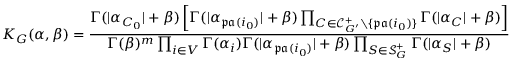
K _ { G } ( \alpha , \beta ) = \frac { \Gamma ( | \alpha _ { C _ { 0 } } | + \beta ) \left[ \Gamma ( | \alpha _ { \mathfrak { p a } ( i _ { 0 } ) } | + \beta ) \prod _ { C \in \mathcal { C } _ { G ^ { \prime } } ^ { + } \setminus \{ \mathfrak { p a } ( i _ { 0 } ) \} } \Gamma ( | \alpha _ { C } | + \beta ) \right] } { \Gamma ( \beta ) ^ { m } \prod _ { i \in V } \Gamma ( \alpha _ { i } ) \Gamma ( | \alpha _ { \mathfrak { p a } ( i _ { 0 } ) } | + \beta ) \prod _ { S \in \mathcal { S } _ { G } ^ { + } } \Gamma ( | \alpha _ { S } | + \beta ) }